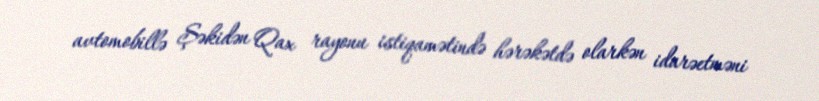
avtomobillə Şəkidən Qax rayonu istiqamətində hərəkətdə olarkən idarəetməni